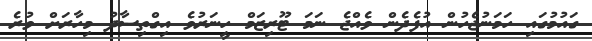
ގައުމުގައި ހަމަނުޖެހުން އުފެދެން ވެއްޖެ ނަމަ ޓޫރިޒަމް ހީނަރުވެ އިގްތިސާދު މިހާރަށް ވުރެ